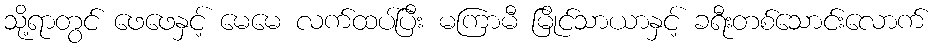
သို့ရာတွင် ဖေဖေနှင့် မေမေ လက်ထပ်ပြီး မကြာမီ မြိုင်သာယာနှင့် ခရီးတစ်သောင်းလောက်